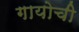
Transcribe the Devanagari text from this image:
गायोची